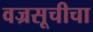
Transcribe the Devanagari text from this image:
वज्रसूचीचा